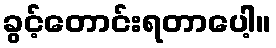
ခွင့်တောင်းရတာပေါ့။